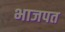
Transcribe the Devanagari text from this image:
भाजपत